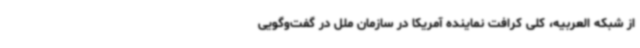
از شبکه العربیه، کلی کرافت نماینده آمریکا در سازمان ملل در گفت‌وگویی